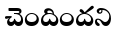
చెందిందని